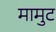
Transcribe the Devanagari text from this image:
मामुट